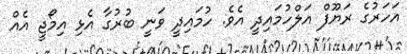
އަހަރުގެ ރަޔޫފް އަލްހުމައިދީ އެވެ. ހުމައިދީ ވަނީ ބުރުގާ އެޅި އިމޯޖީ އެއް